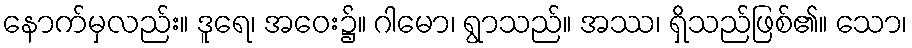
နောက်မှလည်း။ ဒူရေ၊ အဝေး၌။ ဂါမော၊ ရွာသည်။ အဿ၊ ရှိသည်ဖြစ်၏။ သော၊